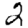
Digit: 2